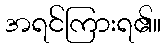
အရင်ကြားရ၏။